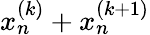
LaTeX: x_{n}^{(k)}+x_{n}^{(k+1)}